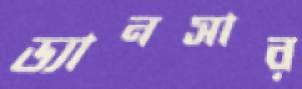
ড্যানসার